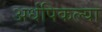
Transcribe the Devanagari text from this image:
अर्धपिकल्या